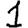
Digit: 1